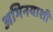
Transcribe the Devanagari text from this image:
अभिनयाशी